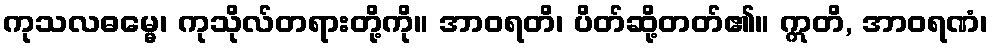
ကုသလဓမ္မေ၊ ကုသိုလ်တရားတို့ကို။ အာဝရတိ၊ ပိတ်ဆို့တတ်၏။ ဣတိ, အာဝရဏံ၊